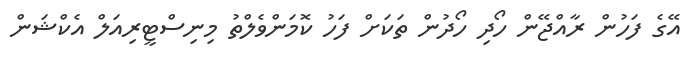
އޭގެ ފަހުން ރާއްޖޭން ހޯދި ހޯދުން ތަކަށް ފަހު ކޮމަންވެލްތު މިނިސްޓީރިއަލް އެކްޝަން